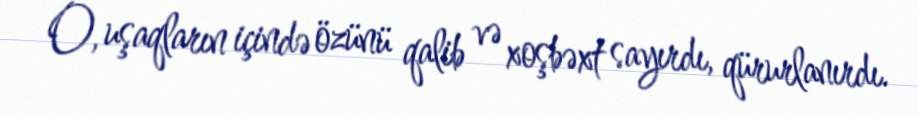
O, uşaqların içində özünü qalib və xoşbəxt sayırdı, qürurlanırdı.